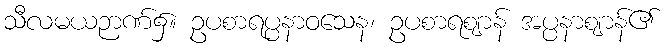
သီလမယဉာဏ်၌။ ဥပစာရပ္ပနာဝသေန၊ ဥပစာရဈာန် အပ္ပနာဈာန်၏